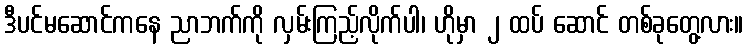
ဒီပင်မဆောင်ကနေ ညာဘက်ကို လှမ်းကြည့်လိုက်ပါ၊ ဟိုမှာ ၂ ထပ် ဆောင် တစ်ခုတွေ့လား။